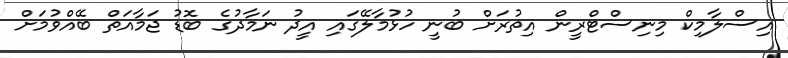
އިސްލާމިކް މިނިސްޓްރީން އިތުރަށް ބުނީ ހުޅުމާލޭގައި އީދު ނަމާދުގެ ބޮޑު ޖަމާއަތް ބޭއްވުމަށް